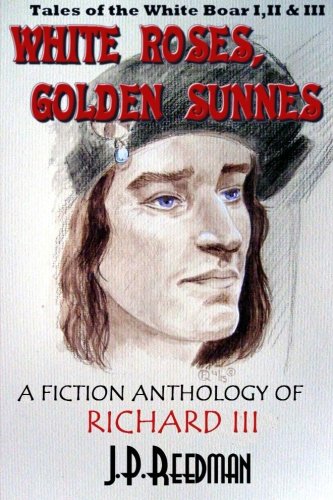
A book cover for White Roses, Golden Sunnes: A Fiction Anthology of Richard III: Tales of the White Boar 1,2, & 3; J. P. Reedman; Teen & Young Adult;